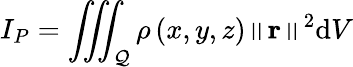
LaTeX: I_{P}=\iiint_{\mathcal{Q}}\rho\left(x,y,z\right)\left\| \mathbf{{r}}\right\| ^{2}\mathrm{{d}}V